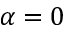
\alpha = 0